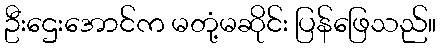
ဦးဌေးအောင်က မတုံ့မဆိုင်း ပြန်ဖြေသည်။